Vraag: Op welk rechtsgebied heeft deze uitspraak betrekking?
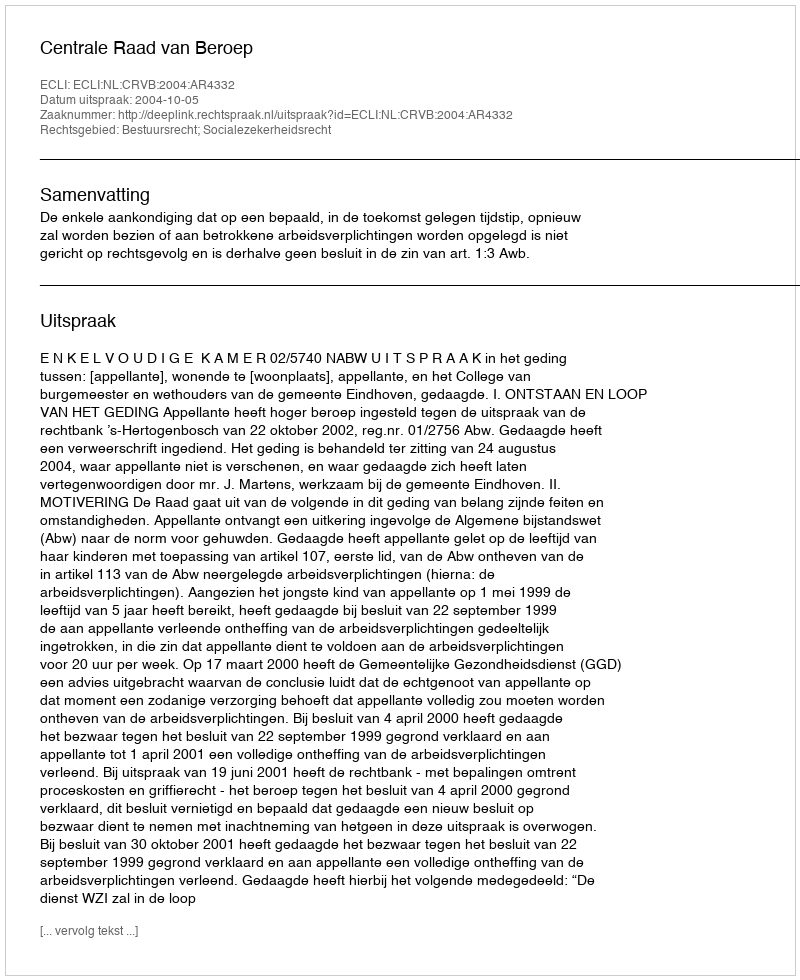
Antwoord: Bestuursrecht; Socialezekerheidsrecht